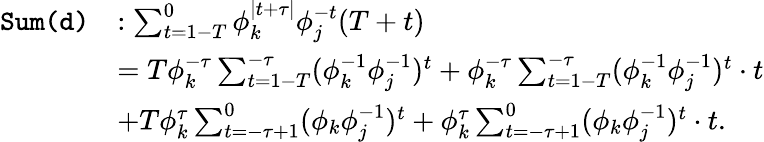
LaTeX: \begin{array}{rl}{\texttt{Sum}\texttt{(d)}}&{:\sum_{t=1-T}^{0}\phi_{k}^{\mid t+\tau\mid}\phi_{j}^{-t}(T+t)}\\ &{=T\phi_{k}^{-\tau}\sum_{t=1-T}^{-\tau}(\phi_{k}^{-1}\phi_{j}^{-1})^{t}+\phi_{k}^{-\tau}\sum_{t=1-T}^{-\tau}(\phi_{k}^{-1}\phi_{j}^{-1})^{t}\cdot t}\\ &{+T\phi_{k}^{\tau}\sum_{t=-\tau+1}^{0}(\phi_{k}\phi_{j}^{-1})^{t}+\phi_{k}^{\tau}\sum_{t=-\tau+1}^{0}(\phi_{k}\phi_{j}^{-1})^{t}\cdot t.}\end{array}